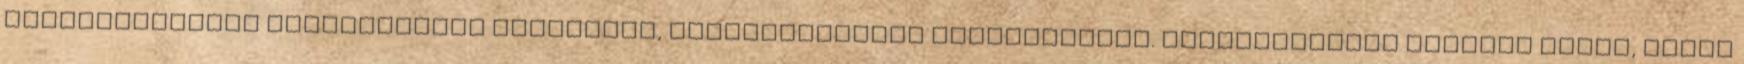
visszajelzések segítségével alakítjuk, tökéletesítjük folyamatosan. Üzletvezetőnk nemcsak eladó, hanem